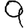
Digit: 9